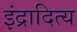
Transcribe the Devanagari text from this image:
इंद्रादित्य